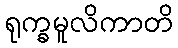
ရုက္ခမူလိကာတိ